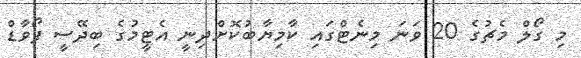
މި ގޯލް މެޗުގެ 20 ވަނަ މިނެޓްގައި ކާމިޔާބުކޮށްދިނީ އެޓީމުގެ ބިދޭސީ ފޯވާޑް